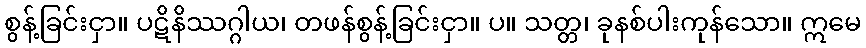
စွန့်ခြင်းငှာ။ ပဋိနိဿဂ္ဂါယ၊ တဖန်စွန့်ခြင်းငှာ။ ပ။ သတ္တ၊ ခုနစ်ပါးကုန်သော။ ဣမေ